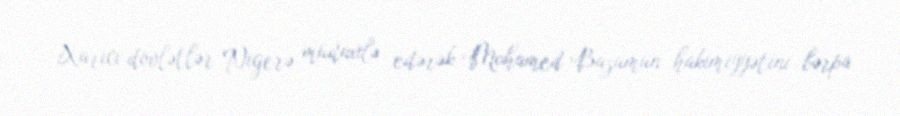
Xarici dövlətlər Nigerə müdaxilə edərək Mohamed Bazumun hakimiyyətini bərpa